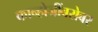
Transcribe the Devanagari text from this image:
कान्होजींबरोबर